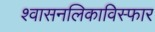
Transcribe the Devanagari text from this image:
श्वासनलिकाविस्फार